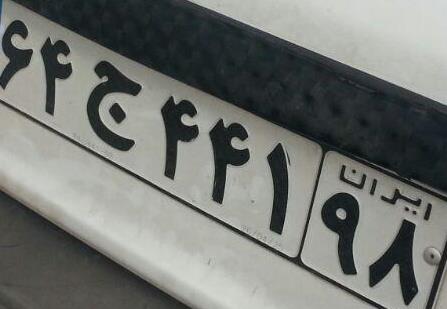
۶۴ج۴۴۱۹۸